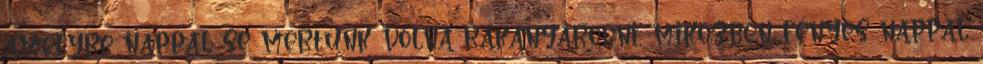
amelyre nappal se mertünk volna rákanyarodni, miközben fényes nappal